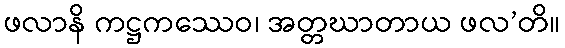
ဖလာနိ ကဋ္ဌကဿေဝ၊ အတ္တဃာတာယ ဖလ’တိ။